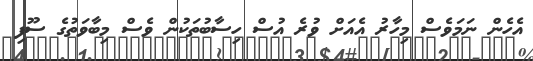
އެހެން ނަމަވެސް މިހާރު އެއަށް ވުރެ އުސް ހިސާބުތަކުން ވެސް މިބާވަތުގެ ސޫފި